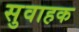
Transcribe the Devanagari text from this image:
सुवाहक